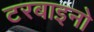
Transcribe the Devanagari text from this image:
टरबाइनो